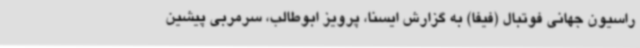
راسیون جهانی فوتبال (فیفا) به گزارش ایسنا، پرویز ابوطالب، سرمربی پیشین